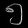
Digit: ၅